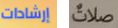
إرشادات صلات